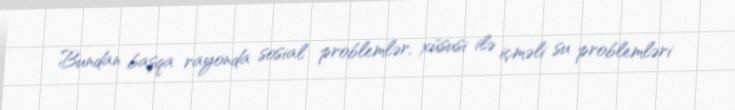
Bundan başqa rayonda sosial problemlər, xüsusi ilə içməli su problemləri